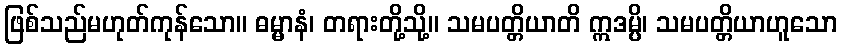
ဖြစ်သည်မဟုတ်ကုန်သော။ ဓမ္မာနံ၊ တရားတို့သို့။ သမပတ္တိယာတိ ဣဒမ္ပိ၊ သမပတ္တိယာဟူသော